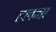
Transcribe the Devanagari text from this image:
टलना